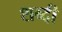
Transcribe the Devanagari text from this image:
शब्दी